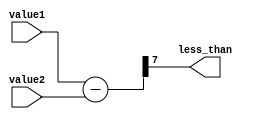
module less_than_comparator (
    input [7:0] value1,
    input [7:0] value2,
    output wire less_than
);

wire [7:0] difference;
assign difference = value1 - value2;

assign less_than = (difference [7] == 1);

endmodule